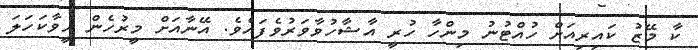
ކާ މޭޒު ކައިރިއަށް ހުއްޓުނު މިންހާ ހުރީ އާޝާހުވާވަރުވެފައެވެ. އޭނާއަށް މީރުހެން ހީވާކަހަލަ